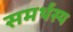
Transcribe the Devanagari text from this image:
समर्थस्य